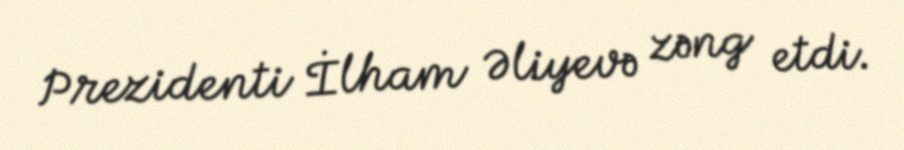
Prezidenti İlham Əliyevə zəng etdi.